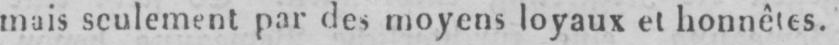
mais seulement par des moyens loyaux et honnêtes.